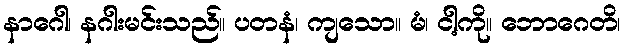
နာဂေါ၊ နဂါးမင်းသည်။ ပတနံ၊ ကျသော။ မံ၊ ငါ့ကို။ ဘောဂေတိ၊